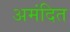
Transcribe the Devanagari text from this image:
अमंदित